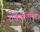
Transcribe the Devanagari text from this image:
रोकफ़ील्ड